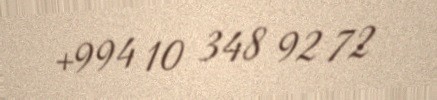
+994 10 348 92 72